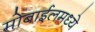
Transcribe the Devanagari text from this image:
मोबाईलमध्ये